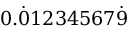
0 . { \dot { 0 } } 1 2 3 4 5 6 7 { \dot { 9 } }